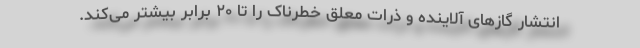
انتشار گازهای آلاینده و ذرات معلق خطرناک را تا ۲۰ برابر بیشتر می‌کند.